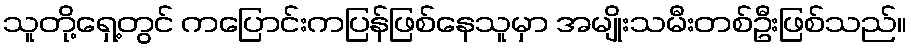
သူတို့ရှေ့တွင် ကပြောင်းကပြန်ဖြစ်နေသူမှာ အမျိုးသမီးတစ်ဦးဖြစ်သည်။